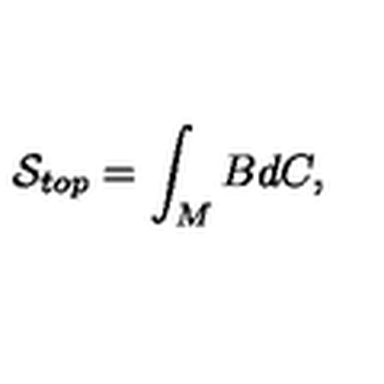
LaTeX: \mathcal { S } _ { t o p } = \int _ { M } B d C ,